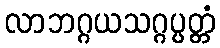
လာဘဂ္ဂယသဂ္ဂပ္ပတ္တံ